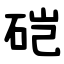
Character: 硙